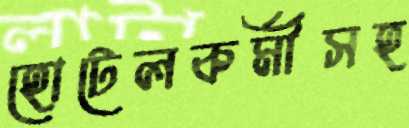
হোটেলকর্মীসহ